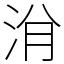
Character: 洕